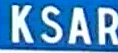
KSAR